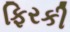
ફિરકી